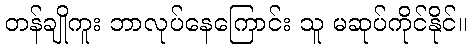
တန်ချိုကူး ဘာလုပ်နေကြောင်း သူ မဆုပ်ကိုင်နိုင်။